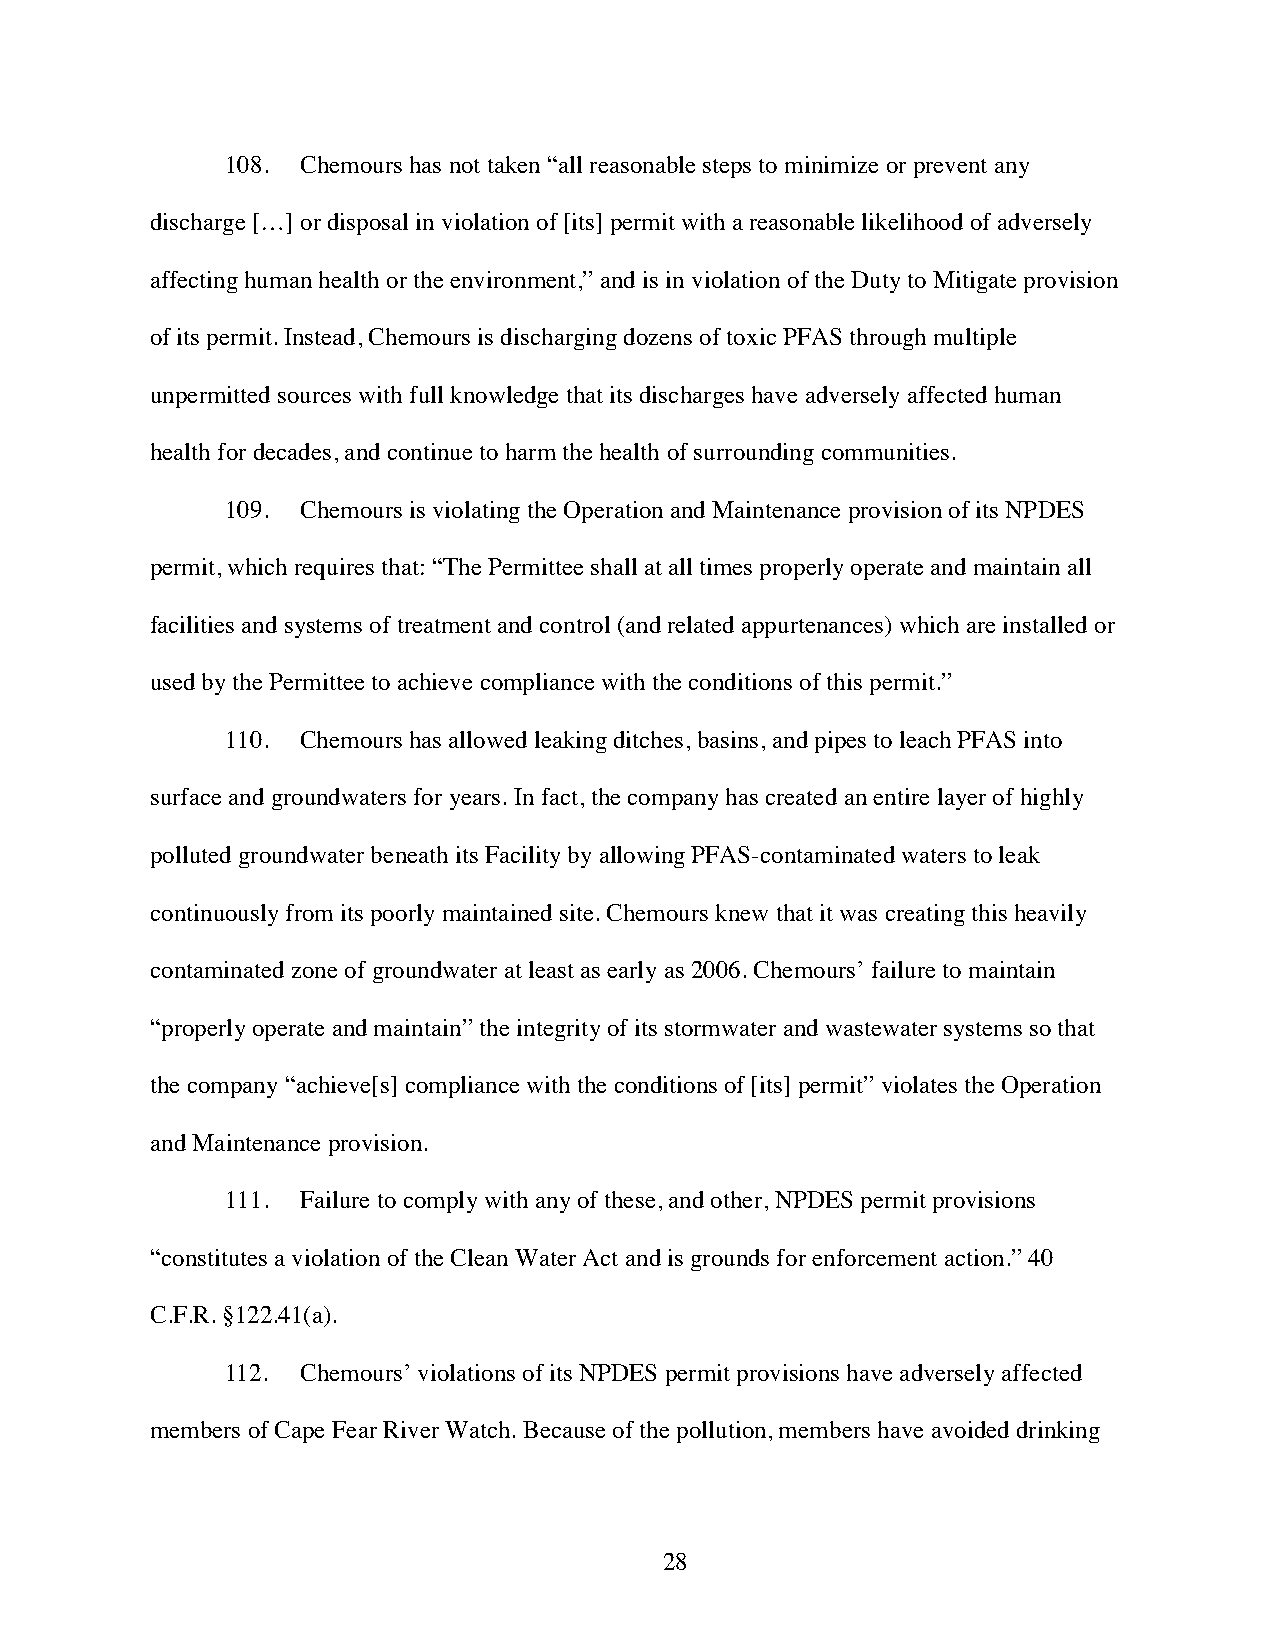
108. Chemours has not taken “all reasonable steps to minimize or prevent any
 discharge […] or disposal in violation of [its] permit with a reasonable likelihood of adversely
 affecting human health or the environment,” and is in violation of the Duty to Mitigate provision
 of its permit. Instead, Chemours is discharging dozens of toxic PFAS through multiple
 unpermitted sources with full knowledge that its discharges have adversely affected human
 health for decades, and continue to harm the health of surrounding communities.
 109. Chemours is violating the Operation and Maintenance provision of its NPDES
 permit, which requires that: “The Permittee shall at all times properly operate and maintain all
 facilities and systems of treatment and control (and related appurtenances) which are installed or
 used by the Permittee to achieve compliance with the conditions of this permit.”
 110. Chemours has allowed leaking ditches, basins, and pipes to leach PFAS into
 surface and groundwaters for years. In fact, the company has created an entire layer of highly
 polluted groundwater beneath its Facility by allowing PFAS-contaminated waters to leak
 continuously from its poorly maintained site. Chemours knew that it was creating this heavily
 contaminated zone of groundwater at least as early as 2006. Chemours’ failure to maintain
 “properly operate and maintain” the integrity of its stormwater and wastewater systems so that
 the company “achieve[s] compliance with the conditions of [its] permit” violates the Operation
 and Maintenance provision.
 111. Failure to comply with any of these, and other, NPDES permit provisions
 “constitutes a violation of the Clean Water Act and is grounds for enforcement action.” 40
 C.F.R. §122.41(a).
 112. Chemours’ violations of its NPDES permit provisions have adversely affected
 members of Cape Fear River Watch. Because of the pollution, members have avoided drinking
 28